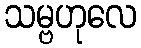
သမ္ဗဟုလေ